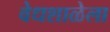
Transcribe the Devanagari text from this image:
वेधशाळेला